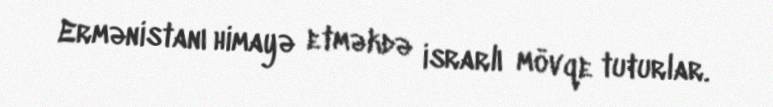
Ermənistanı himayə etməkdə israrlı mövqe tuturlar.